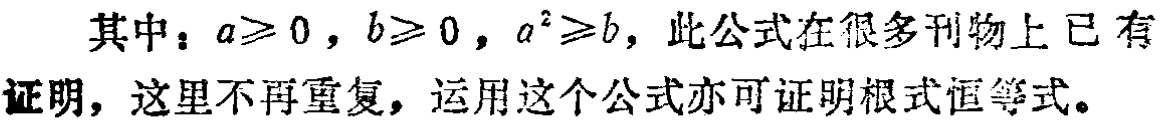
其中：\(a\geq 0\)，\(b\geq 0\)，\(a^{2}\geq b\)，此公式在很多刊物上已有证明，这里不再重复，运用这个公式亦可证明根式恒等式。